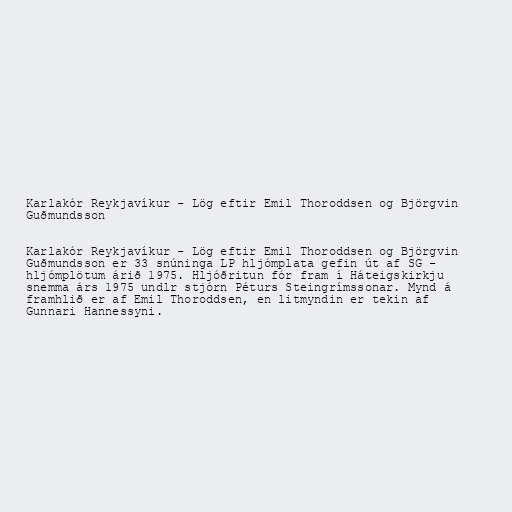
Karlakór Reykjavíkur - Lög eftir Emil Thoroddsen og Björgvin
Guðmundsson

Karlakór Reykjavíkur - Lög eftir Emil Thoroddsen og Björgvin
Guðmundsson er 33 snúninga LP hljómplata gefin út af SG -
hljómplötum árið 1975. Hljóðritun fór fram í Háteigskirkju
snemma árs 1975 undlr stjórn Péturs Steingrímssonar. Mynd á
framhlið er af Emil Thoroddsen, en litmyndin er tekin af
Gunnari Hannessyni.